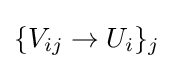
\{V_{ij}\to U_{i}\}_{j}